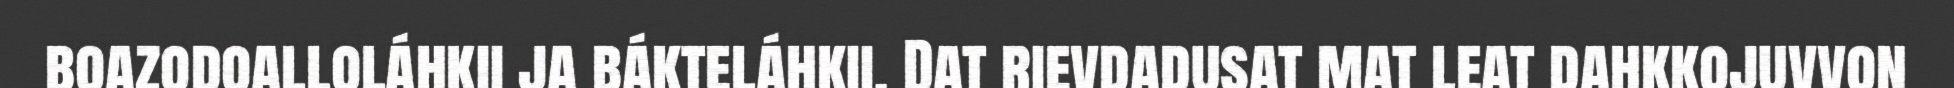
boazodoalloláhkii ja bákteláhkii. Dat rievdadusat mat leat dahkkojuvvon